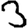
Digit: 3